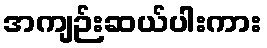
အကျဉ်းဆယ်ပါးကား